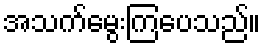
အသက်မွေးကြပေသည်။